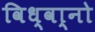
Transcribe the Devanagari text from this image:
विध्वा्नो